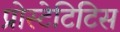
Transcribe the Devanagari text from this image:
प्रोस्टेटिटिस